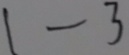
1 - 3